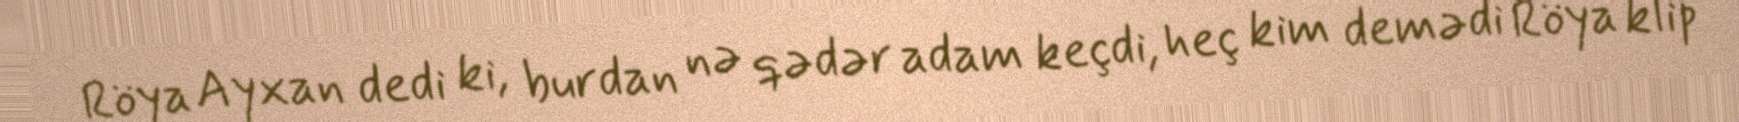
Röya Ayxan dedi ki, burdan nə qədər adam keçdi, heç kim demədi Röya klip